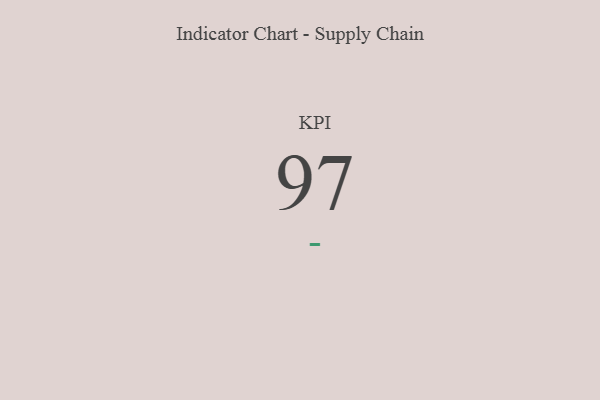
{"axis": {"x": "KPI", "y": "Value"}, "legend": [""], "data": [{"x": "KPI", "y": 97, "type": ""}]}